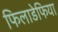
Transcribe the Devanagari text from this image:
फिलाडेफिया